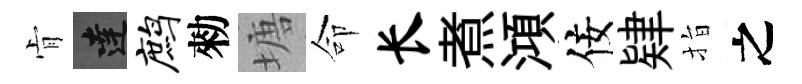
肻達鹧勑塘命长煮澒佞肄指之